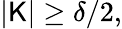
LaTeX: |\mathsf{K}|\ge\delta/2,